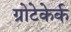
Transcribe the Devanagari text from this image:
ग्रोटेकेर्क